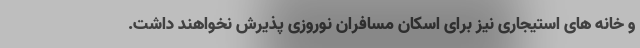
و خانه های استیجاری نیز برای اسکان مسافران نوروزی پذیرش نخواهند داشت.